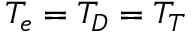
T _ { e } = T _ { D } = T _ { T }